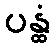
ပန္ထံ